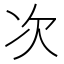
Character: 次